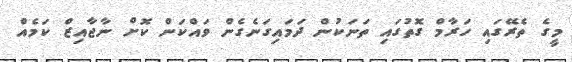
މީގެ ތެރޭގައި ހަރާމް ގޮތުގައި ތަނަކުން ދަމައިގަނެގެން ވައްކަން ކޮށް ނާޖާއިޒް ކަމެއް